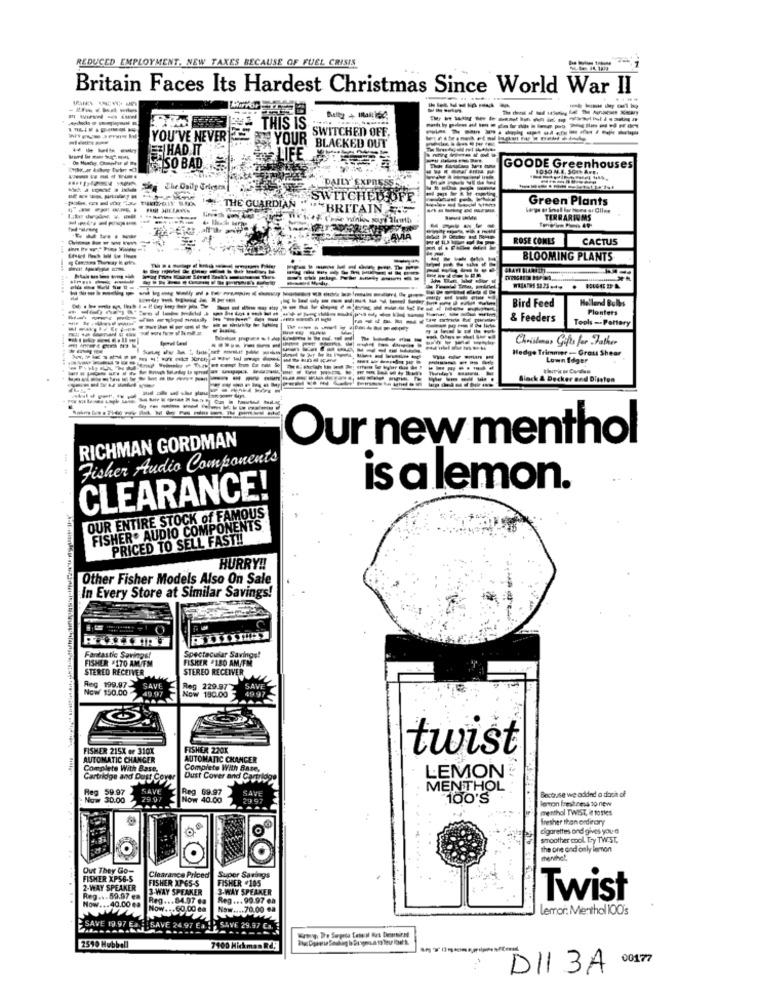
REDUCED EMPLOYMENT, NEW TAXES BECAUSE OF FUEL CRISIS
Britain Faces Its Hardest Christmas Since World War II
----
-----
THIS IS
SWITCHED OFF,
-------------
YOU'VE NEVER S YOUR
----
HAD IT
BLACKED OUT
POLIFE JT
SO BAD
GOODE Greenhouses
DAILY EXPRES
SWITCHEDSOFR
Green Plants
------
THE GUARDIAN " ""BRITAIN
-
TERRARIUMS
AVIA
ROSE COMES
CACTUS
BLOOMING PLANTS
Helland Bulbs
Bird Feed
Plonters
& Feeders
Tools -- Pottery
Christmas Gifts for Father
-------
Hedge Trimmer - Grout Shear
Lown Idger
----
Black & Decker and Dissten
------
RICHMAN GORDMAN
Our new menthol
Fisher Audio Components
is a lemon.
CLEARANCE!
OUR ENTIRE STOCK of FAMOUS
FISHER. AUDIO COMPONENTS
PRICED TO SELL FAST !!
HURRY !!
Other Fisher Models Also On Sale
In Every Store at Similar Savings!
Spectacular Savings!
FISHER #170 AM/FM
Fantastic Savings!
FISKER #180 AM/FM
STEREO RECEIVER
Reg .199.97.
STERED RECEIVER WWW
Now 150.00
49.97
SAVE
Reg 229.972
Now 190.00 - 49.97
SAVE
FISHER 215X or 310%
FISHER 220K
twist
AUTOMATIC CHANGER
AUTOMATIC CHANGER
Complete With Base.
Complete With Base,
Cartridge and Dust Cover
Dust Cover and Cartridge
LEMON
Reg 59.97
SAVE
Reg 69.97
SAVE
MENTHOL
Because we added a doch of
Now 30.00
29.97
Now 40.00
29.97
100'S
lervon freshness 10 new
menthol TWIST, @ toTles
fresher than ordinary
cigarettes and gives you a
smoother cool. Ty TW:ST,
O
the one and only lemon
.-...
menhel,
Out They Go-
FISHER XPS6-5
FISHER XP6S-S
Clearance Priced
Super Savings
FISHER .105
2-WAY SPEAKER
3-WAY SPEAKER
3-WAY SPEAKER
Reg ... 59.97 ea
Now ... 40.00 ea
Reg ... 84.97 €a
Reg ... 99.97 ea
Twist
Now ... 60.00 ea
Now .... 70.00 ea
lemor: Menthol IOOs
SAVE 19.97 Ea. : ISAVE 24.97 E
SAVE 29.97 Ca.
......
2590 Hubbell
7100 Hickman Rd,
0017
DI1 3A